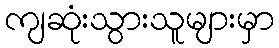
ကျဆုံးသွားသူများမှာ